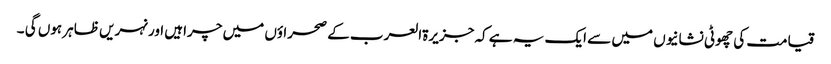
قیامت کی چھوٹی نشانیوں میں سے ایک یہ ہے کہ جزیرۃالعرب کے صحراؤں میں چراہیں اور نہریں ظاہر ہوں گی ۔